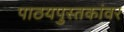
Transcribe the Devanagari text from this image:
पाठयपुस्तकांवर